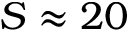
S \approx 2 0